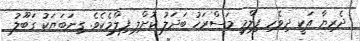
ދެރިޔާ އަކީ ދިވެހި ފިލްމީ މަސްރަހު ބަދަލު ކޮށްލި ފިލްމެކެވެ. ގިނަބަޔަކު ގަބޫލު